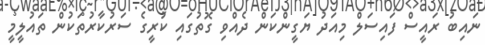
ނައިބު ރައީސް ފައިސަލް މިއަދު ޔަގީންކަން ދެއްވި ގޮތުގައި ކުރީގެ ސަރުކާރުތަކުން ތައުލީމީ